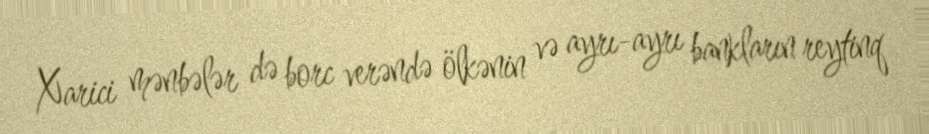
Xarici mənbələr də borc verəndə ölkənin və ayrı-ayrı bankların reytinq